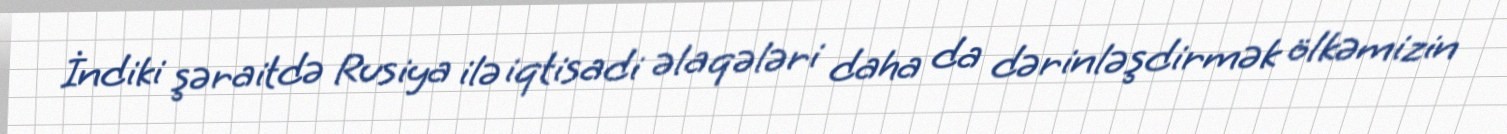
İndiki şəraitdə Rusiya ilə iqtisadi əlaqələri daha da dərinləşdirmək ölkəmizin